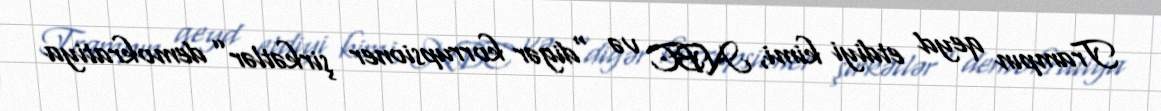
Trampın qeyd etdiyi kimi, NBC və “digər korrupsioner şirkətlər” demokratiya